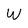
Character: W